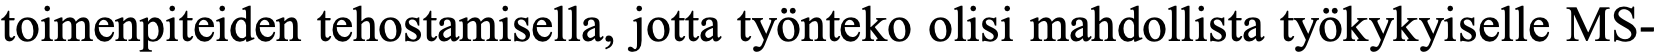
toimenpiteiden tehostamisella, jotta työnteko olisi mahdollista työkykyiselle MS-